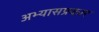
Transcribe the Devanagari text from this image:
अभ्यासप्रकार